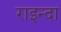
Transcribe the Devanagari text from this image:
राइन्दा